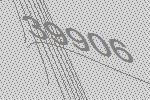
39906